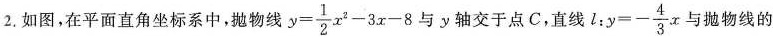
2.如图，在平面直角坐标系中，抛物线$$y= \frac{1}{2}x^{2}-3x-8$$与y轴交于点C，直线l: $$y=- \frac{4}{3}x$$与抛物线的